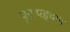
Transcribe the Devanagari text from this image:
पुनःपहचान